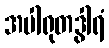
အပါရုတဒွါရံ